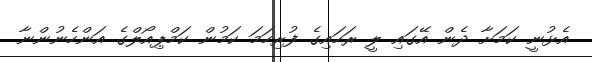
އެޅުނީ ކަމަށާ ދެން އޭގައި ލީ ރަހައިގެ ފުރިހަމަ ކަމުން ކަމްޕިއޯލްގެ އަންހެނުންނާ